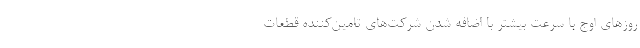
روزهای اوج با سرعت بیشتر با اضافه شدن شرکت‌های تامین‌کننده قطعات